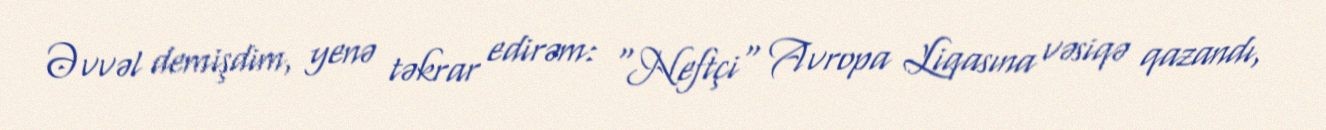
Əvvəl demişdim, yenə təkrar edirəm: "Neftçi" Avropa Liqasına vəsiqə qazandı,